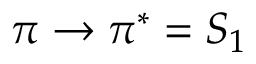
\pi \rightarrow \pi ^ { * } = S _ { 1 }